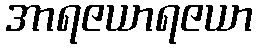
အာရဇယာရဇယာ